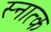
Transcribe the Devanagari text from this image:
स्नात्क